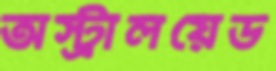
অস্ট্রালয়েড